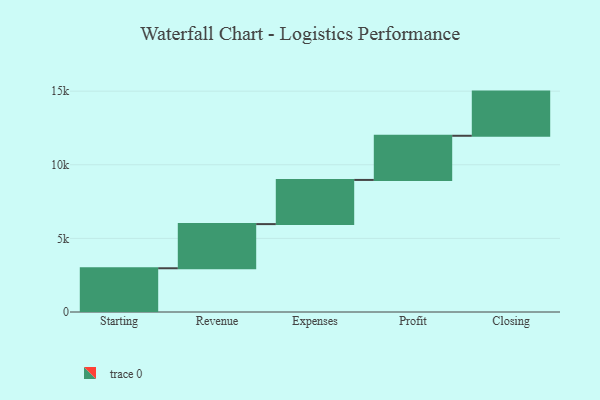
{"axis": {"x": "Step", "y": "Value"}, "legend": [""], "data": [{"x": "Starting", "y": 2971.0, "type": ""}, {"x": "Revenue", "y": 3000, "type": ""}, {"x": "Expenses", "y": 3000, "type": ""}, {"x": "Profit", "y": 3000, "type": ""}, {"x": "Closing", "y": 3000, "type": ""}]}